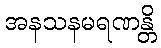
အနသနမရဏန္တိ